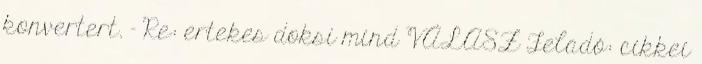
konvertert. - Re: ertekes doksi mind VÁLASZ Feladó: cikkei